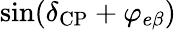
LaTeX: \sin(\delta_{\mathrm{CP}}+\varphi_{e\beta})